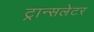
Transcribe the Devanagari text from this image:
ट्रान्सलेटर